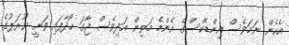
އެހެން ނަމަވެސް އިންޑެކްސްގެ އެންމެ މަތިން އަދިވެސް ޖާގަ ހޯދާފައި ވަނީ ޔޫރަޕުގެ